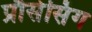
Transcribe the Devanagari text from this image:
प्रौसेसिंग